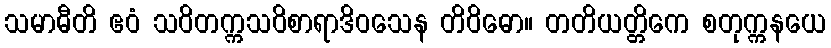
သမာဓီတိ ဧဝံ သဝိတက္ကသဝိစာရာဒိဝသေန တိဝိဓော။ တတိယတ္တိကေ စတုက္ကနယေ